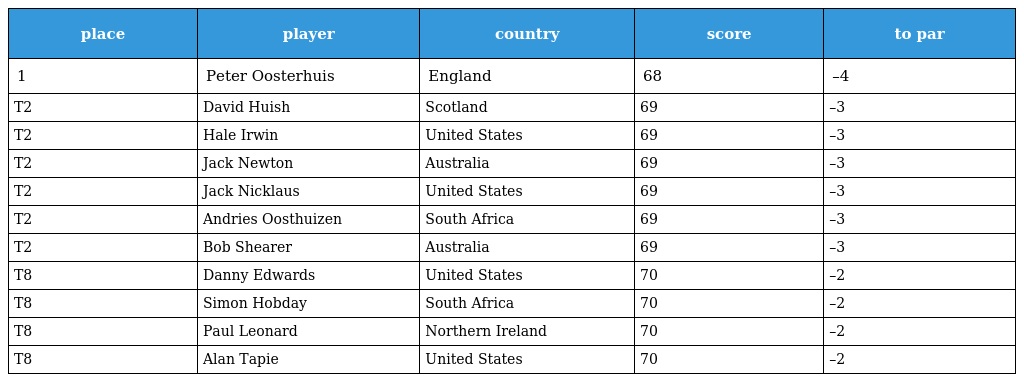
| place | player | country | score | to par |
 | --- | --- | --- | --- | --- |
 | 1 | Peter Oosterhuis | England | 68 | –4 |
 | T2 | David Huish | Scotland | 69 | –3 |
 | T2 | Hale Irwin | United States | 69 | –3 |
 | T2 | Jack Newton | Australia | 69 | –3 |
 | T2 | Jack Nicklaus | United States | 69 | –3 |
 | T2 | Andries Oosthuizen | South Africa | 69 | –3 |
 | T2 | Bob Shearer | Australia | 69 | –3 |
 | T8 | Danny Edwards | United States | 70 | –2 |
 | T8 | Simon Hobday | South Africa | 70 | –2 |
 | T8 | Paul Leonard | Northern Ireland | 70 | –2 |
 | T8 | Alan Tapie | United States | 70 | –2 |